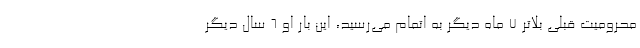
محرومیت قبلی بلاتر ۷ ماه دیگر به اتمام می‌رسید، این بار او ۶ سال دیگر